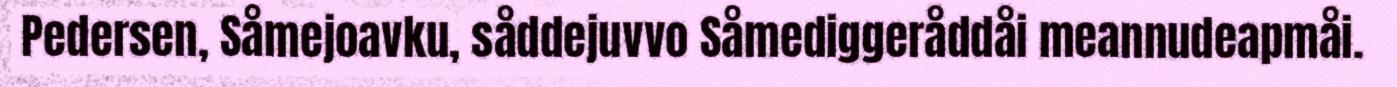
Pedersen, Såmejoavku, såddejuvvo Såmediggeråddåi meannudeapmåi.